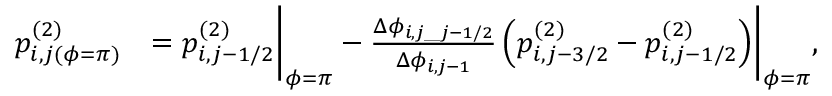
\begin{array} { r l } & { \begin{array} { r l } { p _ { i , j ( \phi = \pi ) } ^ { ( 2 ) } } & { = p _ { i , j - 1 / 2 } ^ { ( 2 ) } \biggr | _ { \phi = \pi } - \frac { \Delta \phi _ { i , j \_ j - 1 / 2 } } { \Delta \phi _ { i , j - 1 } } \left( p _ { i , j - 3 / 2 } ^ { ( 2 ) } - p _ { i , j - 1 / 2 } ^ { ( 2 ) } \right) \biggr | _ { \phi = \pi } , } \end{array} } \end{array}